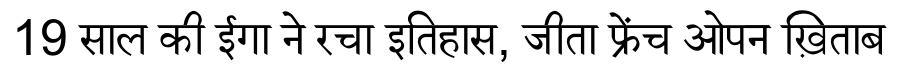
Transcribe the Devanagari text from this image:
19 साल की ईगा ने रचा इतिहास, जीता फ्रेंच ओपन ख़िताब